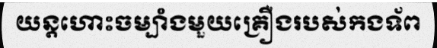
យន្តហោះចម្បាំងមួយគ្រឿងរបស់កងទ័ព